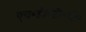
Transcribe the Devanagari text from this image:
एच॰डी॰टी॰वी॰